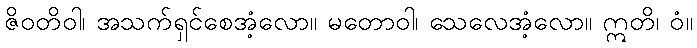
ဇိဝတိဝါ၊ အသက်ရှင်စေအံ့လော။ မတောဝါ၊ သေလေအံ့လော။ ဣတိ၊ ဝံ။